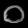
Digit: ၀